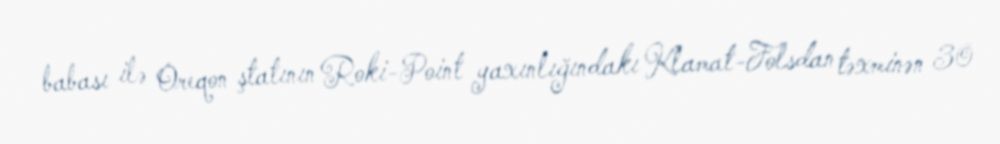
babası ilə Oreqon ştatının Roki-Point yaxınlığındakı Klamat-Folsdan təxminən 30